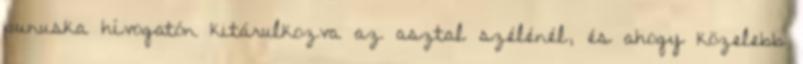
punuska hívogatón kitárulkozva az asztal szélénél, és ahogy közelebb